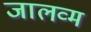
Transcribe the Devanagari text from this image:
जालव्म